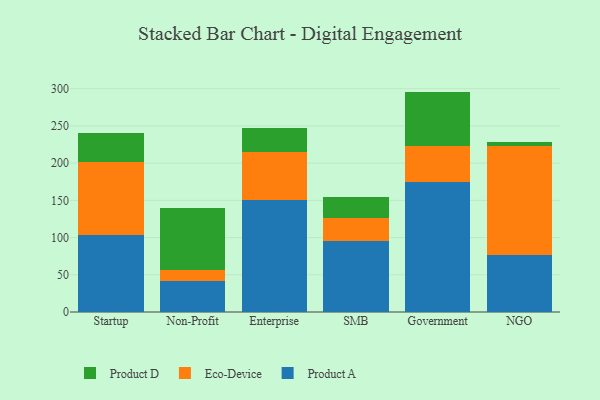
{"axis": {"x": "Segment", "y": "Backlog"}, "legend": ["Eco-Device", "Product A", "Product D"], "data": [{"x": "Startup", "y": 103.6, "type": "Product A"}, {"x": "Startup", "y": 97.3, "type": "Eco-Device"}, {"x": "Startup", "y": 39.0, "type": "Product D"}, {"x": "Non-Profit", "y": 41.8, "type": "Product A"}, {"x": "Non-Profit", "y": 14.5, "type": "Eco-Device"}, {"x": "Non-Profit", "y": 83.7, "type": "Product D"}, {"x": "Enterprise", "y": 151.1, "type": "Product A"}, {"x": "Enterprise", "y": 64.5, "type": "Eco-Device"}, {"x": "Enterprise", "y": 31.2, "type": "Product D"}, {"x": "SMB", "y": 94.9, "type": "Product A"}, {"x": "SMB", "y": 31.5, "type": "Eco-Device"}, {"x": "SMB", "y": 28.5, "type": "Product D"}, {"x": "Government", "y": 175.2, "type": "Product A"}, {"x": "Government", "y": 48.2, "type": "Eco-Device"}, {"x": "Government", "y": 72.7, "type": "Product D"}, {"x": "NGO", "y": 76.3, "type": "Product A"}, {"x": "NGO", "y": 146.4, "type": "Eco-Device"}, {"x": "NGO", "y": 5.4, "type": "Product D"}]}